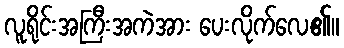
လူရိုင်းအကြီးအကဲအား ပေးလိုက်လေ၏။